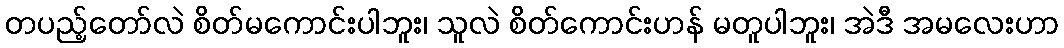
တပည့်တော်လဲ စိတ်မကောင်းပါဘူး၊ သူလဲ စိတ်ကောင်းဟန် မတူပါဘူး၊ အဲဒီ အမလေးဟာ